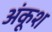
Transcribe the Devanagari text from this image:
अंकूश